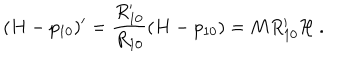
( H - p _ { 1 0 } ) ^ { \prime } = \frac { R _ { 1 0 } ^ { \prime } } { R _ { 1 0 } } ( H - p _ { 1 0 } ) = M R _ { 1 0 } ^ { \prime } { \cal H } \ .